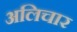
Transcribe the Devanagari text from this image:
अलिचार